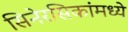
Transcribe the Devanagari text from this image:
सिनेरसिकांमध्ये